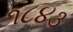
૧૮૪૩